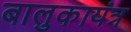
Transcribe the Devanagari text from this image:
बालुकायंत्र